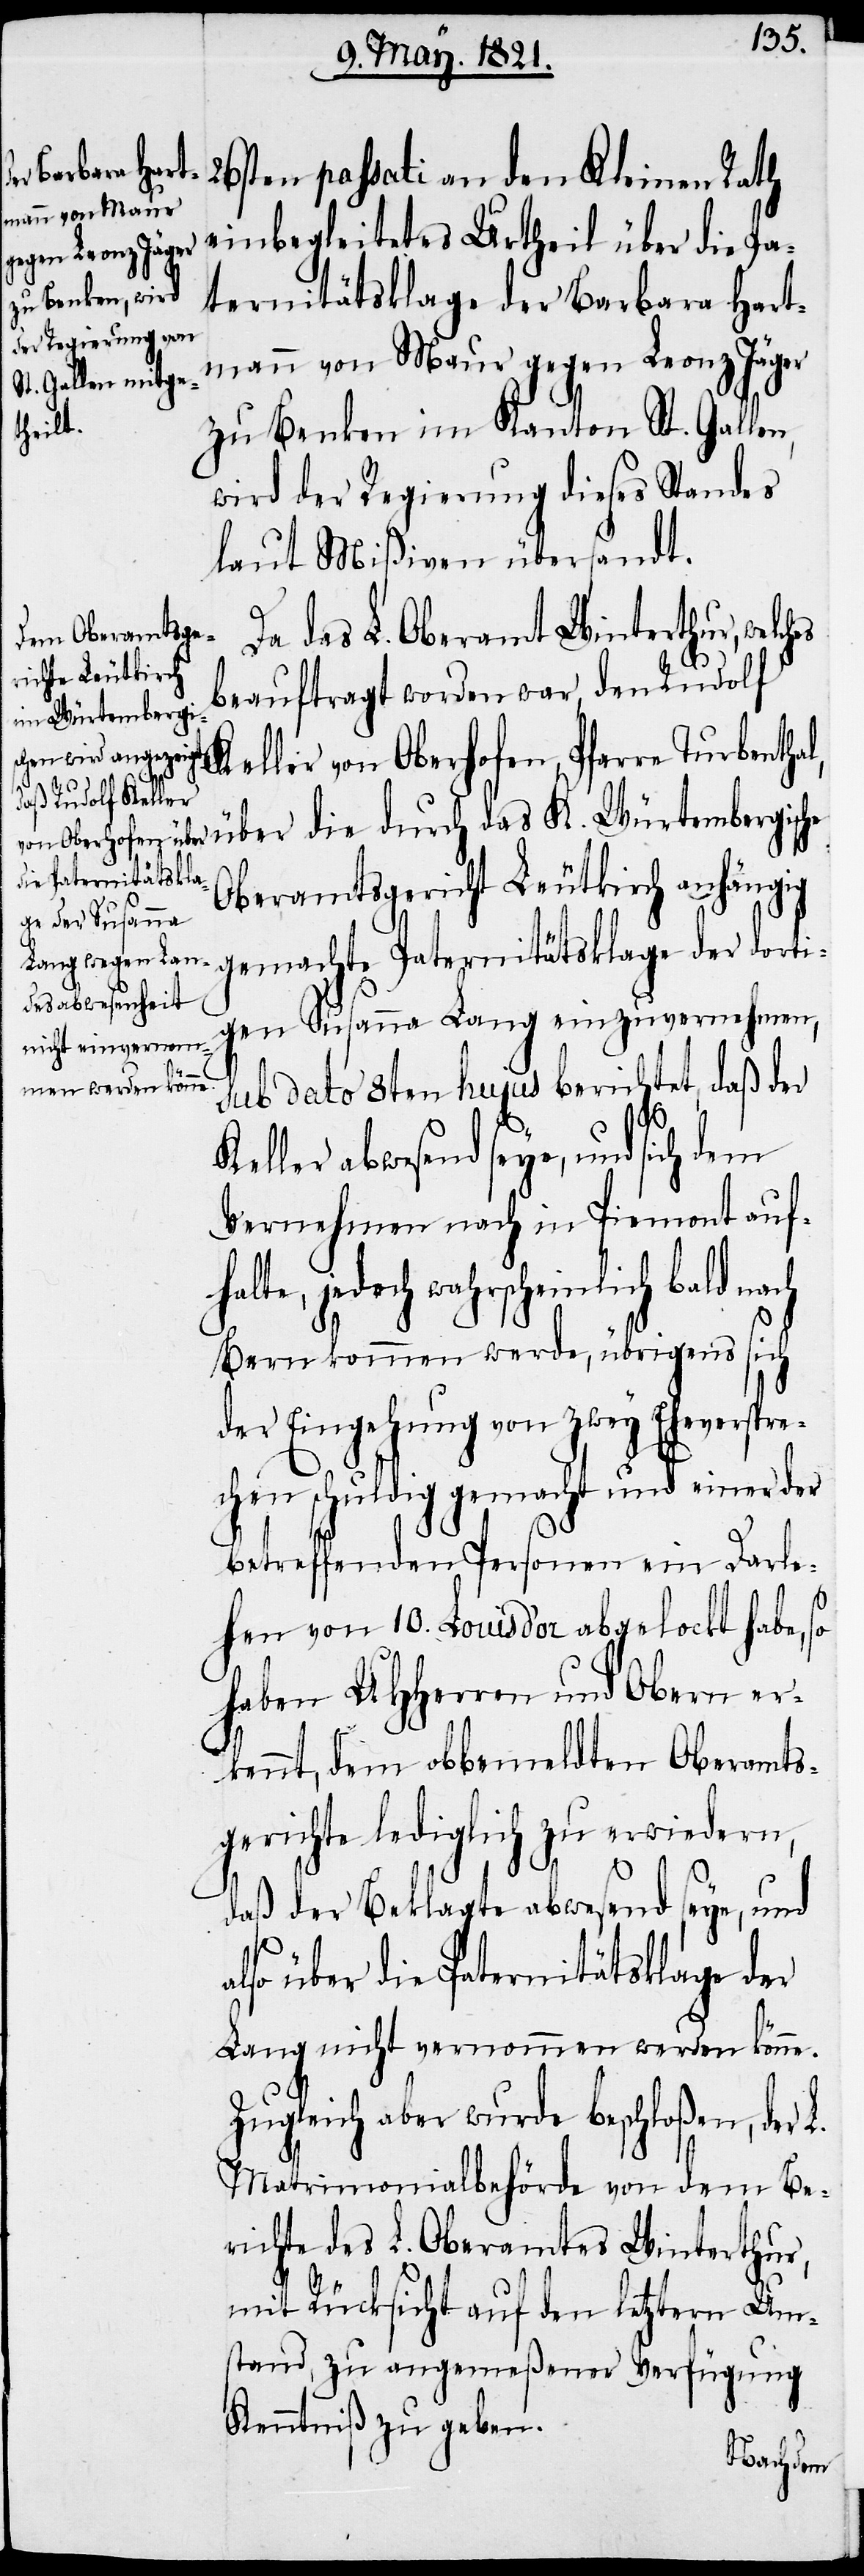
26sten passati an den Kleinen Rath
einbegleitetes Urtheil über die Pa¬
ternitätsklage der Barbara Hart¬
mann von Maur gegen Leonz Jäger
zu Benken im Kanton St. Gallen,
wird der Regierung dieses Standes
laut Mißiven übersandt.
Da das L. Oberamt Winterthur,
beauftragt worden war, den Rudolf
Keller von Oberhofen, Pfarre Turbenthal,
über die durch das K. Würtembergische
Oberamtsgericht Leutkirch anhängig
gemachte Paternitätsklage der dorti¬
gen Susanna Lang einzuvernehmen,
sub dato 8ten hujus berichtet, daß der
Keller abwesend seye, und sich dem
Vernehmen nach in Piemont aufh¬
alte, jedoch wahrscheinlich bald
Bern kommen werde, übrigens sich
der Eingehung von zwey Eheverspre¬
chen schuldig gemacht und einer
betreffenden Personen ein Darle¬
hen von 10. Louis d’or abgelockt habe, so
haben UHHerren und Obern er¬
kennt, dem obbemeldten Oberamtsg¬
erichte lediglich zu erwiedern,
daß der Beklagte abwesend seye, und
also über die Paternitätsklage der
Lang nicht vernommen werden könne.
Zugleich aber wurde beschloßen, der
Matrimonialbehörde von dem Be¬
richte des L. Oberamtes Winterthur,
mit Rücksicht auf den letztern Ums¬
tand, zu angemeßener Verfügung
Kenntniß zu geben.